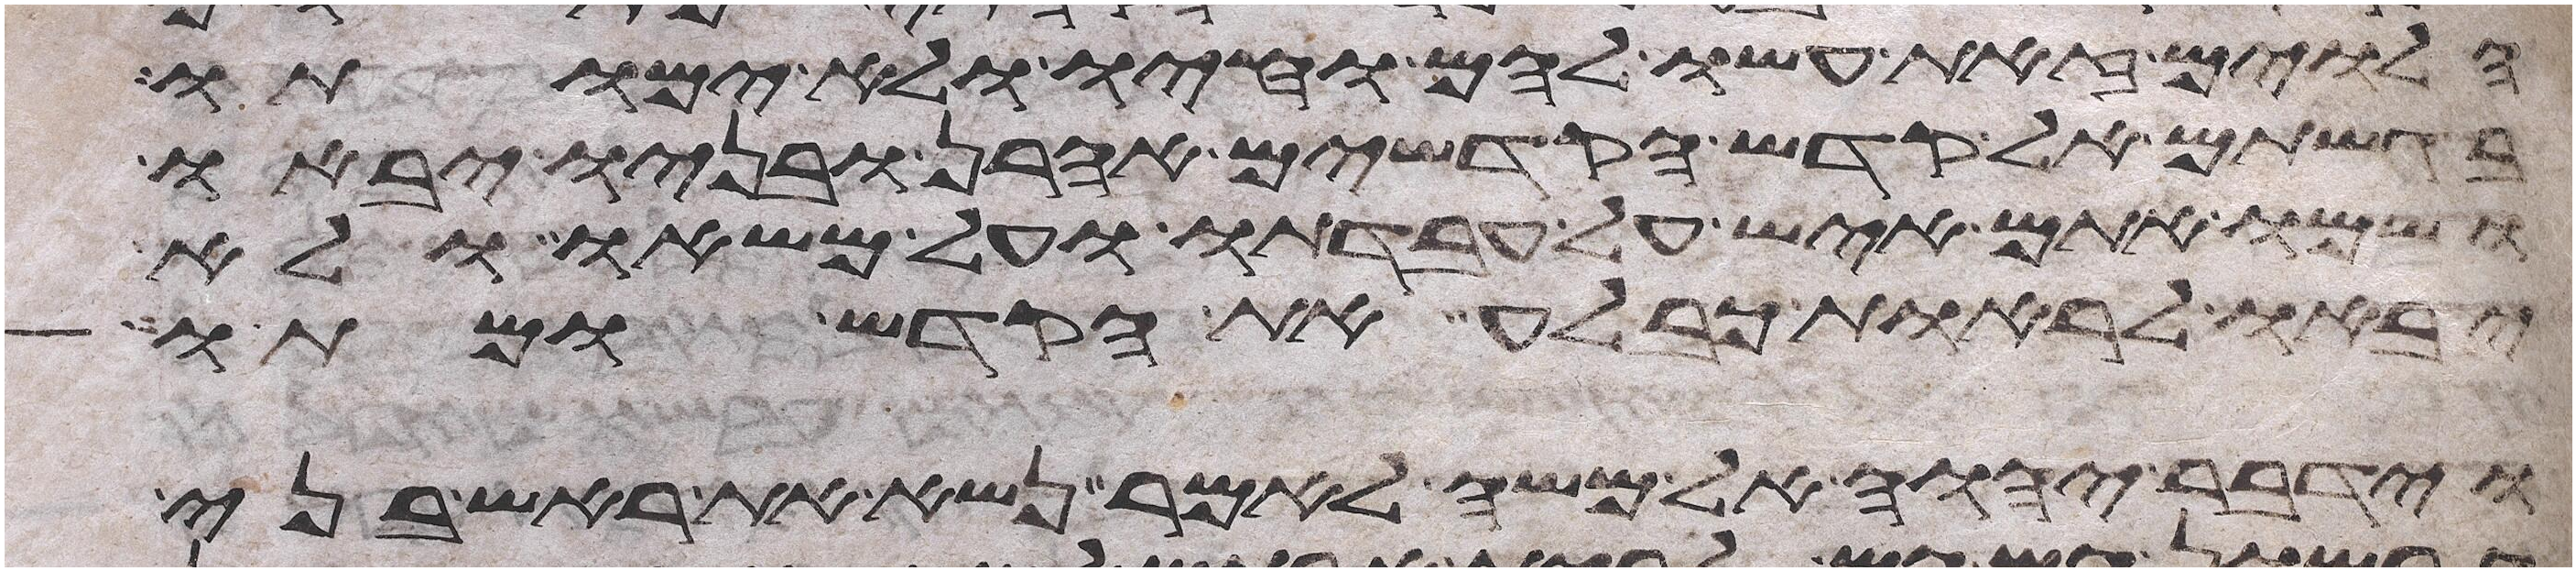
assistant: הלוים זאת עשו להם וחיו ולא ימותו
בגשתם אל קדש הקדשים אהרן ובניו יבאו
ושמו אתם איש על עבדתו ועל משאו ולא
יבאו לראות כבלע את הקדש ומתו
וידבר יהוה אל משה לאמר נשא את ראש בני